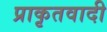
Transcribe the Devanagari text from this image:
प्राकृतवादी